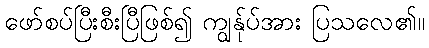
ဖော်စပ်ပြီးစီးပြီဖြစ်၍ ကျွန်ုပ်အား ပြသလေ၏။